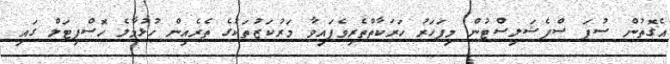
އެގޮތުން ސުޕަ ސްޕެޝަލިސްޓުން މިފަހަރު ހަރަކާތްތެރިވެފައިވާ މަރުކަޒުތަކުގެ ތެރެއިން ހުޅުމާލެ ހޮސްޕިޓަލް ގައި